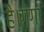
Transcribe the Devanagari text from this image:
है।गंगा